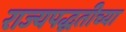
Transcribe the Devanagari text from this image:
राज्यपद्धतीच्या